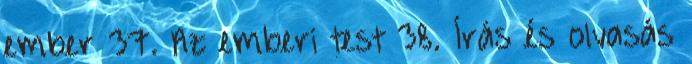
ember 37. Az emberi test 38. Írás és olvasás